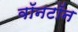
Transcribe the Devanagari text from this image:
वॉनटॉन